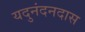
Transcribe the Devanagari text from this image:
यदुनंदनदास